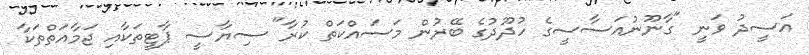
އަސީދު ވަނީ "ގާނޫނުއަސާސީގެ ހުދޫދުގެ ބޭރުން މަސައްކަތް ކުރާ" ސިޔާސީ ޕާޓީތަކާއި ޖަމާއަތްތަކާ